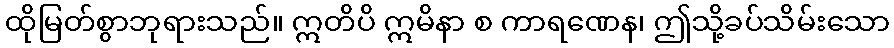
ထိုမြတ်စွာဘုရားသည်။ ဣတိပိ ဣမိနာ စ ကာရဏေန၊ ဤသို့ခပ်သိမ်းသော